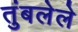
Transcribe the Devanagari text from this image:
तुंबलेले